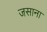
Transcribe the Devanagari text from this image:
जसाना